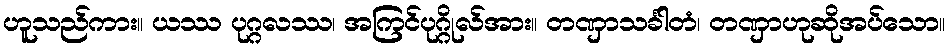
ဟူသည်ကား။ ယဿ ပုဂ္ဂလဿ၊ အကြင်ပုဂ္ဂိုလ်အား။ တဏှာသင်္ခါတံ၊ တဏှာဟုဆိုအပ်သော။